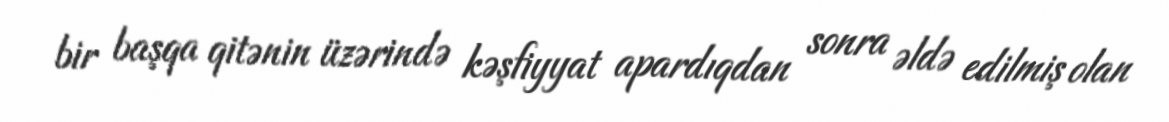
bir başqa qitənin üzərində kəşfiyyat apardıqdan sonra əldə edilmiş olan